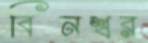
বিনশ্বর